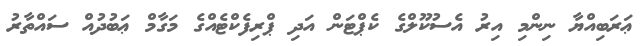
ޢަރަބިއްޔާ ނިންމި އިރު އެސުކޫލްގެ ކެޕްޓަން އަދި ޕްރިފެކްޓެއްގެ މަގާމް ޢަބުދުއް ސައްތާރު